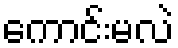
ကောင်းမလဲ